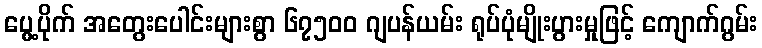
ပွေ့ပိုက် အတွေးပေါင်းများစွာ ၆၇၅၀၀ ဂျပန်ယမ်း ရုပ်ပုံမျိုးပွားမှုဖြင့် ကျောက်ဂွမ်း